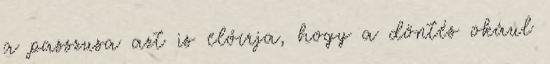
a passzusa azt is előírja, hogy a döntés okául